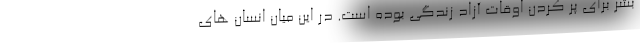
بشر برای پر کردن اوقات آزاد زندگی بوده است. در این میان انسان های